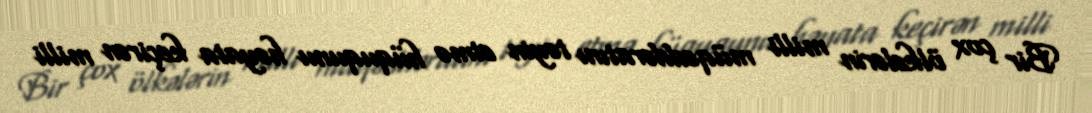
Bir çox ölkələrin milli müqəddəratını təyin etmə hüququnu həyata keçirən milli